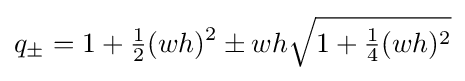
q_{\pm }=1+{\tfrac {1}{2}}(wh)^{2}\pm wh{\sqrt {1+{\tfrac {1}{4}}(wh)^{2}}}